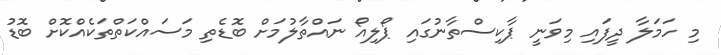
މި ހަމަލާ ދީފައި މިވަނީ ޕާކިސްތާނުގައި ޕޯލިއޯ ނައްތާލުމަށް ބޮޑެތި މަސައްކަތްތަކެއްކޮށް ބޮޑު